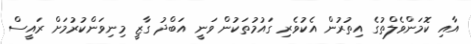
އާއި ކޮމަންވެލްތުގެ އިތުރުން އެކުވެރި ގައުމުތަކުން ވަނީ އަބްދު ގާޒީ މިނިވަންކުރުމަށް ރައީސް